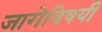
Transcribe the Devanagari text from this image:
जागेविषयी